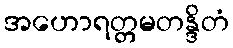
အဟောရတ္တမတန္ဒိတံ